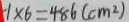
1 \times 6 = 4 8 6 ( c m ^ { 2 } )